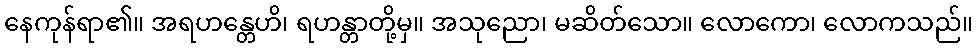
နေကုန်ရာ၏။ အရဟန္တေဟိ၊ ရဟန္တာတို့မှ။ အသုညော၊ မဆိတ်သော။ လောကော၊ လောကသည်။